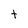
Character: t